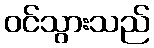
ဝင်သွားသည်